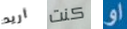
أريد كنت او